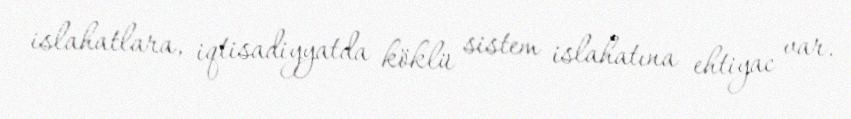
islahatlara, iqtisadiyyatda köklü sistem islahatına ehtiyac var.